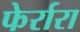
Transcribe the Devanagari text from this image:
फेर्रारा